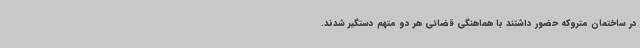
در ساختمان متروکه حضور داشتند با هماهنگی قضائی هر دو متهم دستگیر شدند.